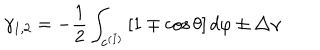
\gamma _ { 1 , 2 } = - \frac 1 2 \int _ { { \bf c } ^ { ( I ) } } \left[ 1 \mp \cos \theta \right] d \varphi \pm \triangle \gamma